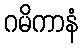
ဂမိကာနံ